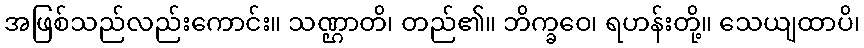
အဖြစ်သည်လည်းကောင်း။ သဏ္ဌာတိ၊ တည်၏။ ဘိက္ခဝေ၊ ရဟန်းတို့။ သေယျထာပိ၊